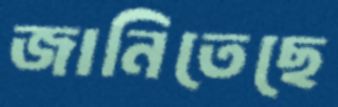
জানিতেছে